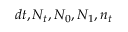
d t , N _ { t } , N _ { 0 } , N _ { 1 } , n _ { t }